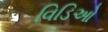
વિડિઓ